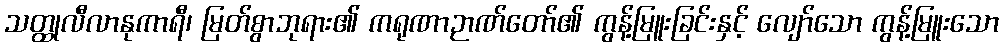
သတ္ထုလီလာနုကာရီ၊ မြတ်စွာဘုရား၏ ကရုဏာဉာဏ်တော်၏ ကွန့်မြူးခြင်းနှင့် လျော်သော ကွန့်မြူးသော